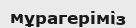
мұрагеріміз